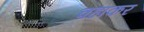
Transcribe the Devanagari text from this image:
वहाकर